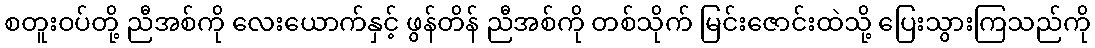
စတူးဝပ်တို့ ညီအစ်ကို လေးယောက်နှင့် ဖွန်တိန် ညီအစ်ကို တစ်သိုက် မြင်းဇောင်းထဲသို့ ပြေးသွားကြသည်ကို